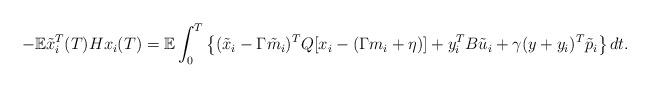
LaTeX: \begin{align*} -{\mathbb E}\tilde x_i^T(T)H x_i(T)={\mathbb E}\int_0^T \left\{ (\tilde x_i -\Gamma \tilde m_i)^TQ [x_i-(\Gamma m_i+\eta)] + y_i^T B \tilde u_i+ \gamma (y+y_i)^T \tilde p_i\right\}dt.\end{align*}